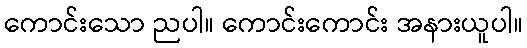
ကောင်းသော ညပါ။ ကောင်းကောင်း အနားယူပါ။